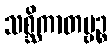
သစ္ဆိကာတဗ္ဗဉ္စ